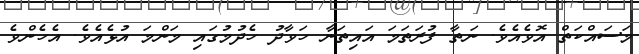
މަސައްކަތް އޮވެއެވެ. ނަތާ ފުރަތަމަ އައިތަނާ ހަވާދު ހެދުމުގައި މަންމަ އުޅެއެވެ. އެހެންވެ